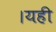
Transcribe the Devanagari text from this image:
।यही